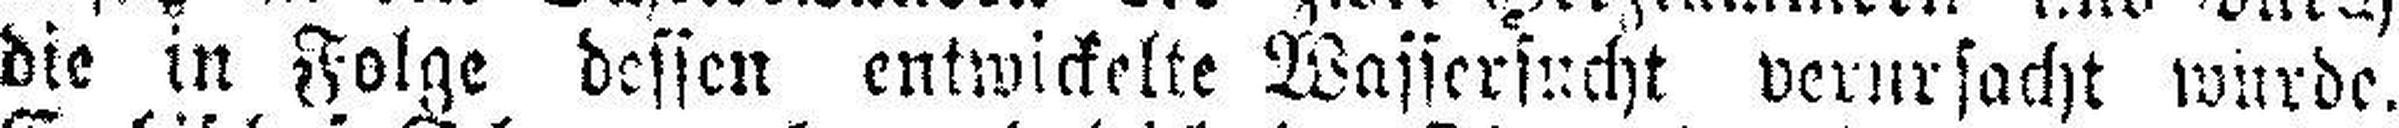
die in Folge dessen entwickelte Wassersucht verursacht wurde.